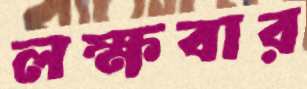
লক্ষবার